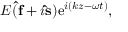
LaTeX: E ( \mathbf { \hat { f } } + i \mathbf { \hat { s } } ) \mathrm { e } ^ { i ( k z - \omega t ) } ,